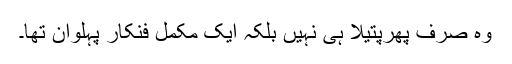
وہ صرف پھرپتیلا ہی نہیں بلکہ ایک مکمل فنکار پہلوان تھا۔